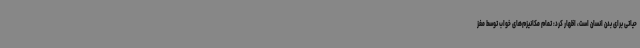
حیاتی برای بدن انسان است، اظهار کرد: تمام مکانیزم‌های خواب توسط مغز